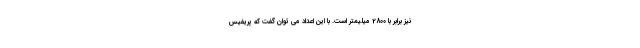
نیز برابر با 2800 میلیمتر است. با این اعداد می توان گفت که پریفیس